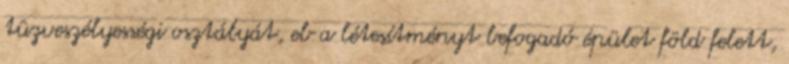
tûzveszélyességi osztályát, eb a létesítményt befogadó épület föld felett,